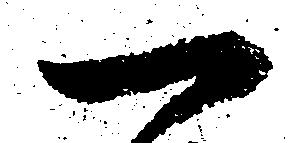
一